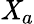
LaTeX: \mathit{X}_{a}